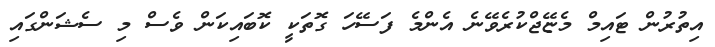
އިތުރުން ޓައިމް މެޏޭޖްކުރެވޭނެ އެންމެ ފަސޭހަ ގޮތަކީ ކޮބައިކަން ވެސް މި ސެޝަންގައި